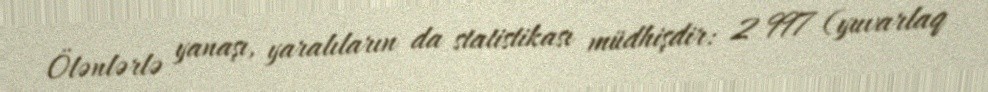
Ölənlərlə yanaşı, yaralıların da statistikası müdhişdir: 2 997 (yuvarlaq